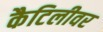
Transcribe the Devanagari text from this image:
कैटिलीवर